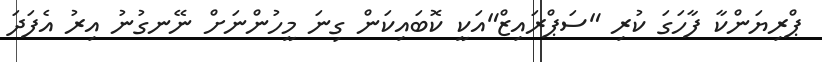
ޕްރިޔަންކާ ފާހަގަ ކުރި "ސަޕްރައިޒް"އަކީ ކޮބައިކަން ގިނަ މީހުންނަށް ނޭނގުނު އިރު އެފަދަ